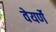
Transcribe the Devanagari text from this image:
वेयर्णे